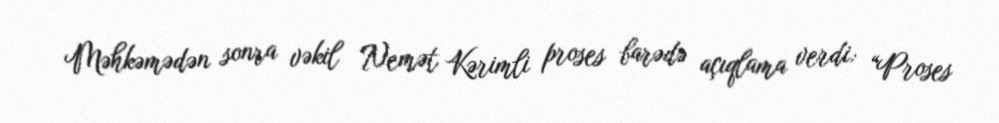
Məhkəmədən sonra vəkil Nemət Kərimli proses barədə açıqlama verdi: “Proses